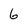
Character: 6